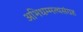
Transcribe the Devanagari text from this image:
अभिधम्मत्थसंग्रह